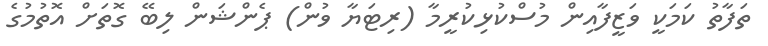
ތަފާތު ކަމަކީ ވަޒީފާއިން މުސްކުޅިކުރީމާ (ރިޓަޔާ ވުން) ޕެންޝަން ލިބޭ ގޮތަށް އޮތުމުގެ